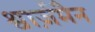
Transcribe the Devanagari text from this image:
श्वार्ज़मैन